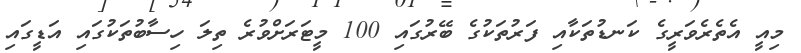
މިއީ އެތެރެވަރީގެ ކަނޑުތަކާއި ފަރުތަކުގެ ބޭރުގައި 100 މީޓަރަށްވުރެ ތިލަ ހިސާބުތަކުގައި އަޑީގައި